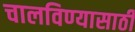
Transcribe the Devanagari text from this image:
चालविण्‍यासाठी